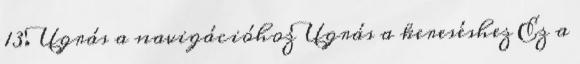
13. Ugrás a navigációhoz Ugrás a kereséshez Ez a